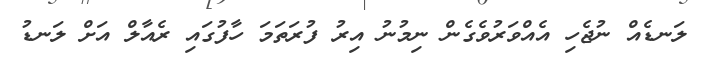
ލަނޑެއް ނުޖެހި އެއްވަރުވެގެން ނިމުނު އިރު ފުރަތަމަ ހާފުގައި ރެއާލް އަށް ލަނޑު